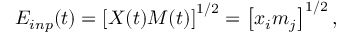
E _ { i n p } ( t ) = \left[ X ( t ) M ( t ) \right] ^ { 1 / 2 } = \left[ x _ { i } m _ { j } \right] ^ { 1 / 2 } ,